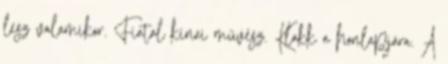
lesz valamikor. Fiatal kínai művész. Klakk a honlapjára. A